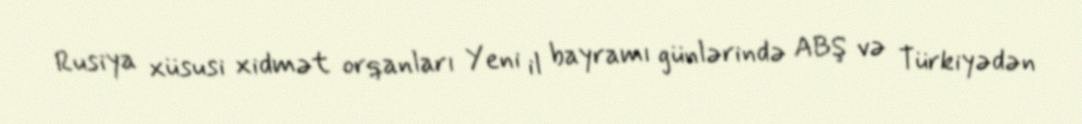
Rusiya xüsusi xidmət orqanları Yeni il bayramı günlərində ABŞ və Türkiyədən